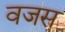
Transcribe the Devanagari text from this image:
वजस